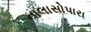
નાલાસોપારા